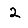
Digit: 2